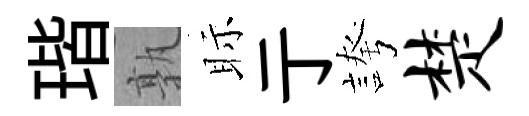
瑎孰眎亍誇楚